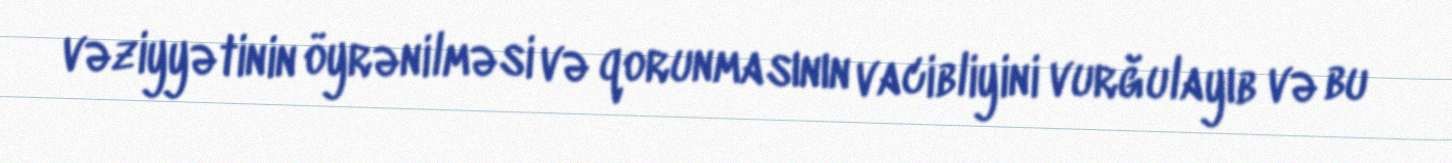
vəziyyətinin öyrənilməsi və qorunmasının vacibliyini vurğulayıb və bu